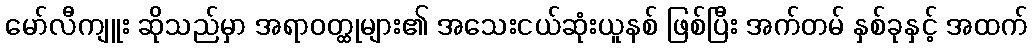
မော်လီကျူး ဆိုသည်မှာ အရာဝတ္ထုများ၏ အသေးငယ်ဆုံးယူနစ် ဖြစ်ပြီး အက်တမ် နှစ်ခုနှင့် အထက်